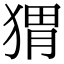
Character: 猬